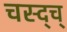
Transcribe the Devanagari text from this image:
चस्द्च्